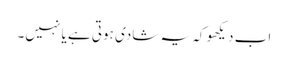
اب دیکھو کہ یہ شادی ہوتی ہے یا نہیں۔